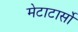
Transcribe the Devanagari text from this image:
मेटाटार्सो